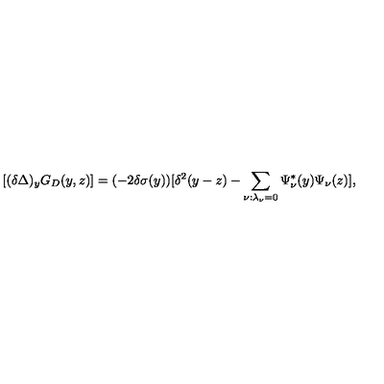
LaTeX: [ ( \delta \Delta ) _ { y } G _ { D } ( y , z ) ] = ( - 2 \delta \sigma ( y ) ) [ \delta ^ { 2 } ( y - z ) - \sum _ { \nu : \lambda _ { \nu } = 0 } \Psi _ { \nu } ^ { * } ( y ) \Psi _ { \nu } ( z ) ] ,